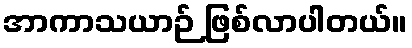
အာကာသယာဉ် ဖြစ်လာပါတယ်။